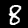
Digit: 8